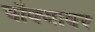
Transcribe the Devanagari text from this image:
चौक्यावर